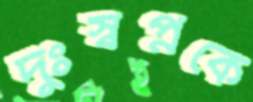
দুঃস্বপ্নকে